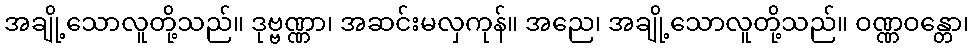
အချို့သောလူတို့သည်။ ဒုဗ္ဗဏ္ဏာ၊ အဆင်းမလှကုန်။ အညေ၊ အချို့သောလူတို့သည်။ ဝဏ္ဏဝန္တော၊